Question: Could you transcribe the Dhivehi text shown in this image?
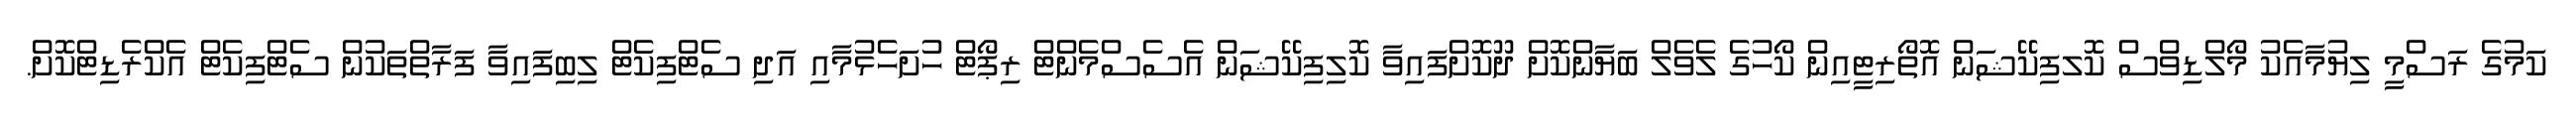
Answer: ކަމުގެ ރަސްމީ ލިޔުމާއެކު މޯލްޑިވްސް ކޮލފިކޭޝަން އޮތޯރިޓީއިން ކޯހުގެ ލެވެލް ބަޔާންކޮށް ދޫކޮށްފައިވާ ކޮލިފިކޭޝަން އެސެސްމެންޓް ރިޕޯޓް ހުށަހެޅުމާއި އަދި ސެޓްފިކެޓް ލިބިފައިވާ ފަރާތްތަކުން ސެޓްފިކެޓް އެކްރެޑިޓްކޮށް.